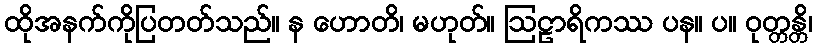
ထိုအနက်ကိုပြတတ်သည်။ န ဟောတိ၊ မဟုတ်။ ဩဠာရိကဿ ပန။ ပ။ ဝုတ္တန္တိ၊